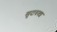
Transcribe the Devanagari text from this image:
खुदाबक्‍श